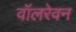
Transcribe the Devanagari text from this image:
वॉलरेवन